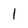
Character: 1